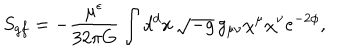
LaTeX: S _ { g f } = - { \frac { \mu ^ { \epsilon } } { 3 2 \pi G } } \int d ^ { d } x \, \sqrt { - g } \, g _ { \mu \nu } \chi ^ { \mu } \chi ^ { \nu } e ^ { - 2 \phi } ,